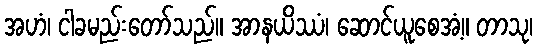
အဟံ၊ ငါခမည်းတော်သည်။ အာနယိဿံ၊ ဆောင်ယူစေအံ့။ တာသု၊